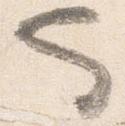
也